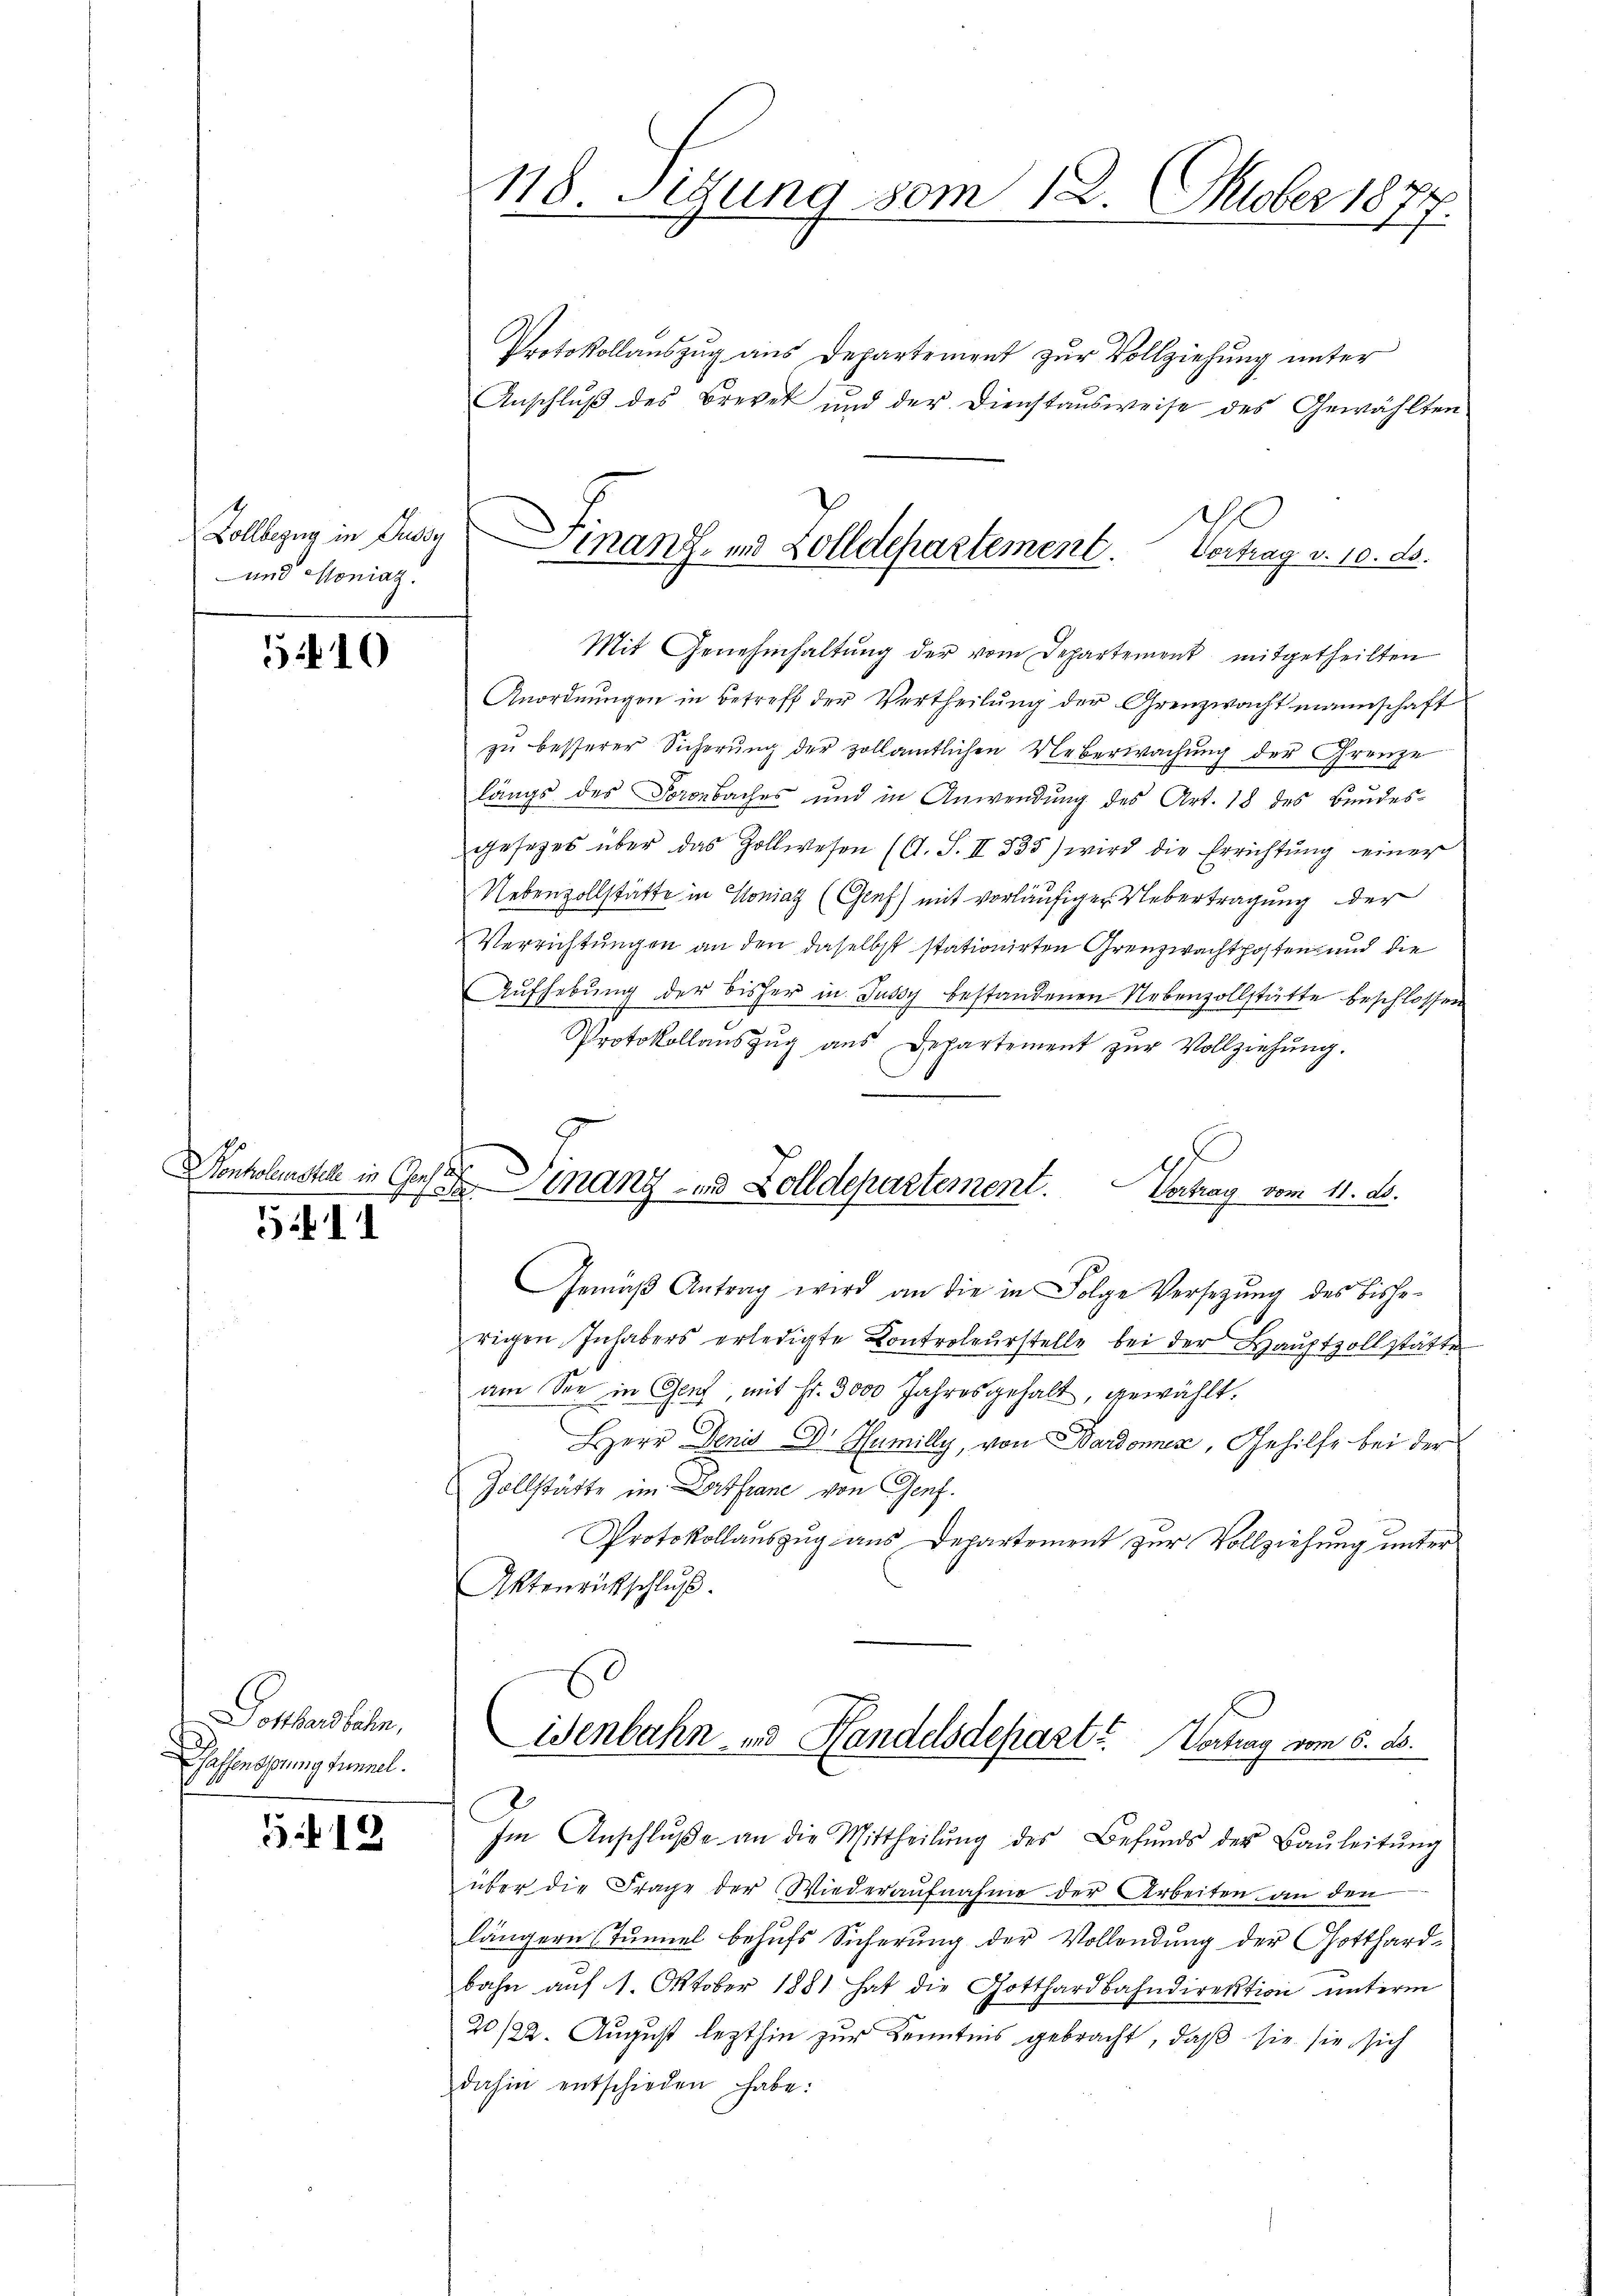
Zollbezug in Fussy
und Moniaz.

5410

Pontolenstell in Geset

511

Dotthardbahn,
Waffensprung funnel.

518

118. Sitzung vom 12. Oktober 1877.

Finanz- und Zolldepartement. Vertrag v. 10. ds.
e

Protokollauszug aus Departement zur Vollziehung unter
Anschluß des Brevet und der Dienstausweise des Gewählten
Mit Genehmhaltung der vom Departement mitgetheilten
Anordnungen in Betreff der Vertheilung der Grenzwacht mannschaft
zŭ besserer Sicherŭng der zollamtlichen Ueberwachŭng der Grenze
längs des Foronbaches und in Anwendung des Art. 18 des Bundesgesezes über das Zollwesen (s. S. II 335) wird die Errichtŭng einer
Nebenzollstätte in Konial (Genf) mit vorläufiger Uebertragung der
Verrichtungen an den daselbst stationirten Grenzwachthoften und die
Aufhebung der bisher in Jassy bestandenen Nebenzollstätte beschlossen
Protokollaŭszŭg aŭs Departement zŭr Vollziehŭng.
400. Mang- und Zolldepartement. Vertrag vom 11. d.
Gemäβ Antrag wird an die in Folge Versetzŭng des bisherigen Inhabers erledigte Controleŭrstelle bei der Haŭptzollstätte
am See in Genf, mit Fr. 3000 Jahresgehalt, gewählt.
HHerr Denis Dr. Humilly, von Bardonnes, Gehilfe bei der
Zollstätte im Dorffrane von Genf.
Protokollauszug aus Departement zur Vollziehung unter
Aktenrutschluß.
Wenbahn- und Handelsdepart? Vertrag vom 5. ds.

Im Anschlŭβe an die Mittheilŭng des Befŭnds der Baŭleitŭng
über die Frage der Wiederaŭfnahme der Arbeiten an den
längern Tunnel behufs Sicherung der Vollendung der Gotthard-
bahn auf 1. Oktober 1881 hat die Gotthardbahndirektion unterm
20/22. August lezthin zur Kenntnis gebracht, daß sie sie sich
dahin entschieden habe: